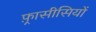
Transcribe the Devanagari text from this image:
फ़्रासीसियों